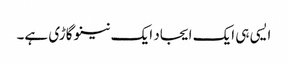
ایسی ہی ایک ایجاد ایک نینو گاڑی ہے۔